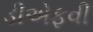
ડીએફવી